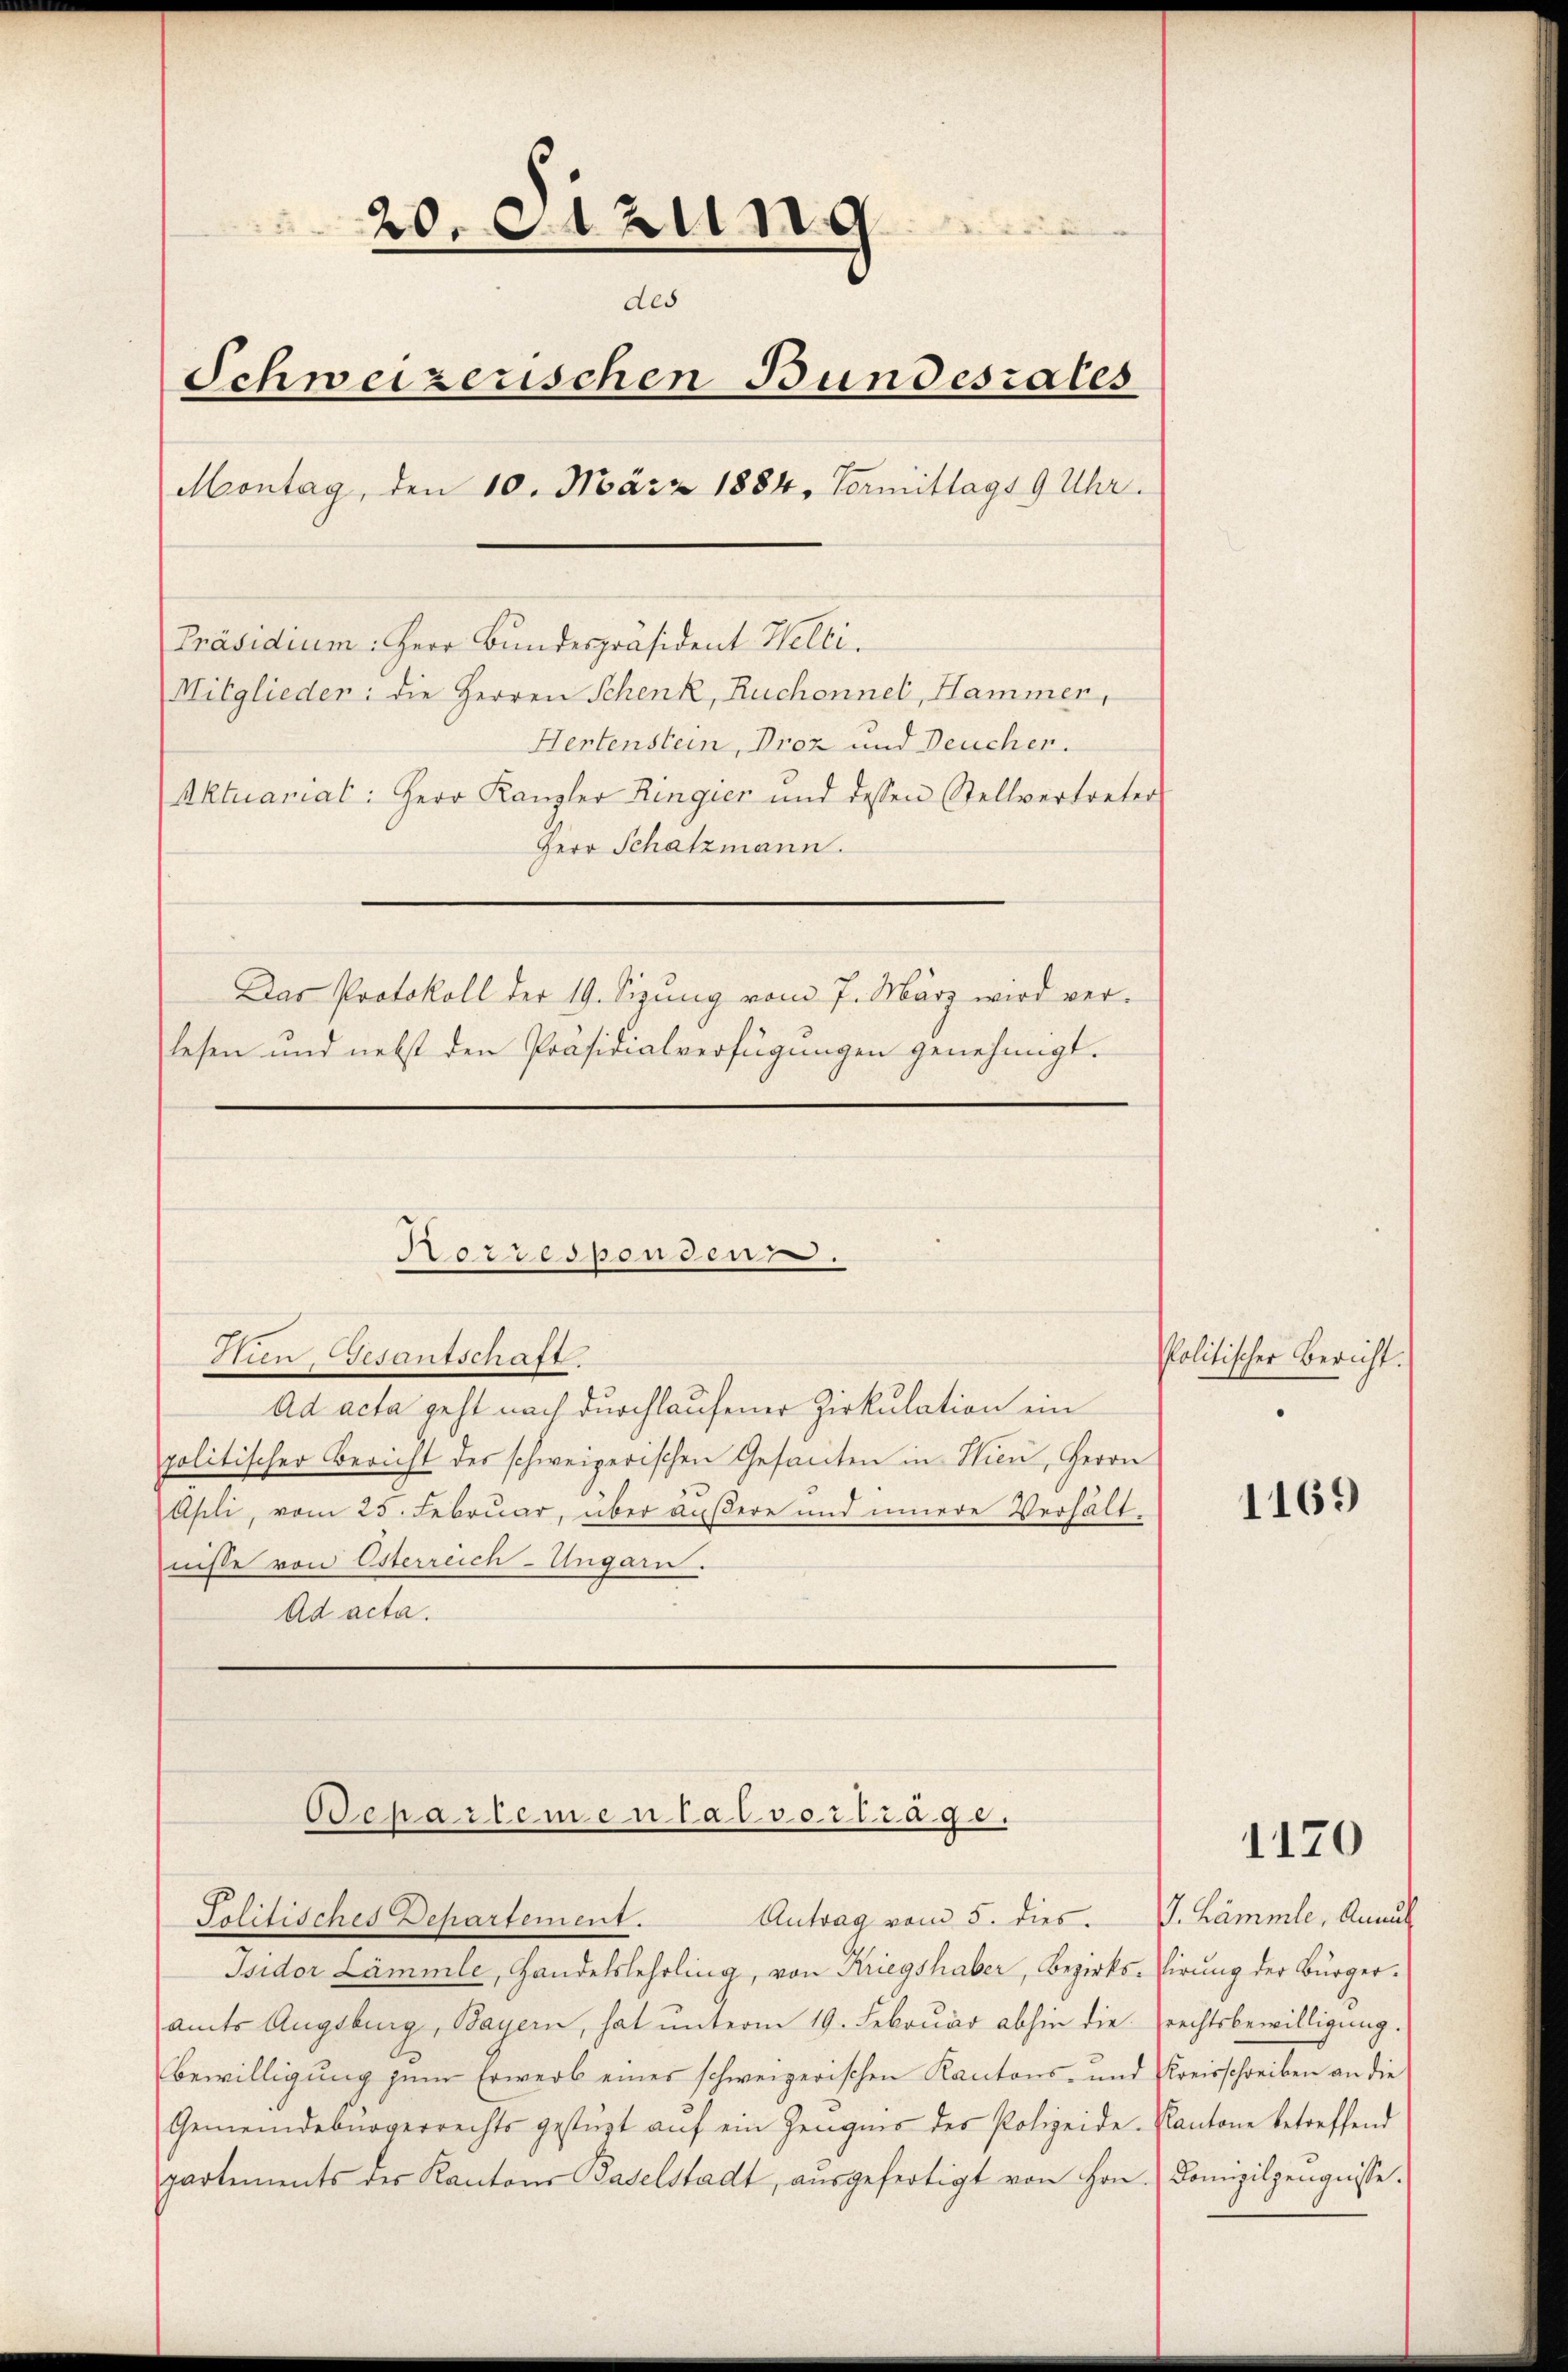
20. etzung
des
Schweizerischen Bundesrates
Montag, den 10. März 1884, Vormittags 9 Uhr.
Präsidium: Herr Bundespräsident Welti.
Mitglieder: die Herren Schenk, Ruchonnel, Hammer,
Hertenstein, Droz und Deucher.
Aktuariat: Herr Kanzler Ringier und dessen Stellvertreter
Herr Schatzmann.

Das Protokoll der 19. Sizung vom 7. März wird verlesen und nebst den Präsidialverfügungen genehmigt.

Horresponden.

Oepartemen lalvortrage.

Politisches Departement. Antrag vom 5. dies. S. Lämmle, Annul

Hun Gesantschaft.
Ad acta geht nach durchlaufener Zirkulation ein
politischer Bericht des schweizerischen Gesanten in Wien, Herrn
Aseli, vom 25. Februar, über äußere und innere Verhältnisse von Esterreich-Ungarn.
Ad acta.

Isidor Lämmle, Handelslehrling, von Kriegshaber, Bezirks-Girung der Bürgeramts Augsburg, Bayern, hat unterm 19. Februar abhin die rechtsbewilligung.
Bewilligung zum Erwerb eines schweizerischen Kantons- und Kreisschreiben an die
Gemeindebürgerrechts gestüzt aŭf ein Zeugnis der Polizeide-Kantone betreffend
partements des Kantons Baselstadt, aŭsgefertigt von Hrn. Domizilzeŭgnisse.

Politischer Bericht.

1169

1170